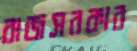
রাজসরকার